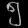
Digit: ၅